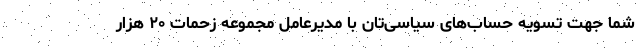
شما جهت تسویه حساب‌های سیاسی‌تان با مدیرعامل مجموعه زحمات ۲۰ هزار